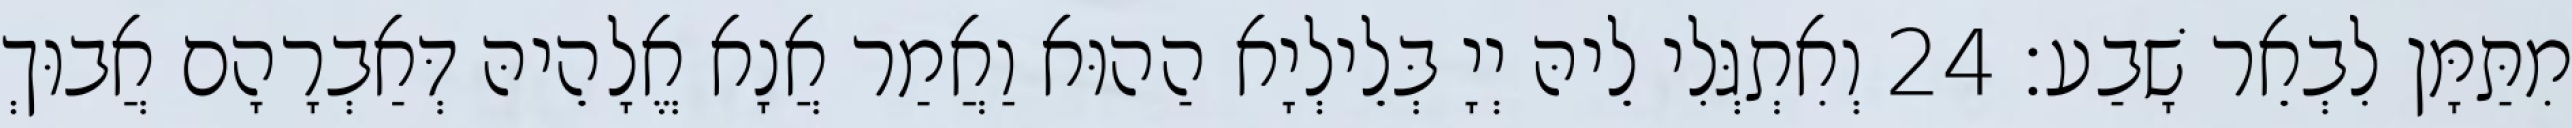
מִתַּמָּן לִבְאֵר שָׁבַע׃ 24 וְאִתְגְּלִי לֵיהּ יְיָ בְּלֵילְיָא הַהוּא וַאֲמַר אֲנָא אֱלָהֵיהּ דְּאַבְרָהָם אֲבוּךְ